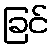
ခြင်